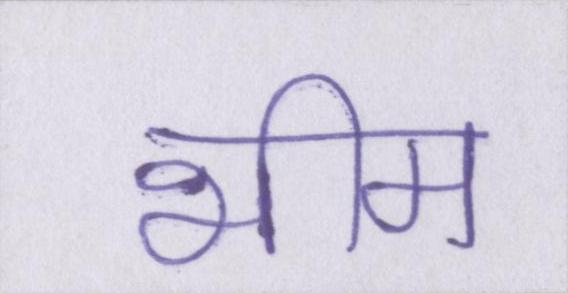
भीम